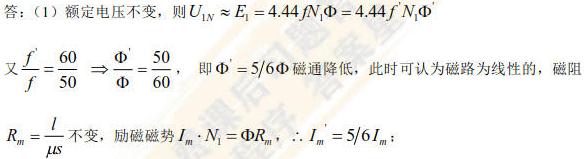
答：（1）额定电压不变，则$U_{1N} \approx E_{1}=4.44 fN_{1}\Phi = 4.44 f'N_{1}\Phi'$
又$\frac{f'}{f}=\frac{60}{50} \Rightarrow \frac{\Phi'}{\Phi}=\frac{50}{60}$，即$\Phi' = 5/6\Phi$磁通降低，此时可认为磁路为线性的，磁阻$R_{m}=\frac{l}{\mu S}$不变，励磁磁势$I_{m}\cdot N_{1}=\Phi R_{m}$，$\therefore I_{m}' = 5/6I_{m}$；